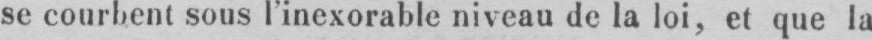
se courbent sous l’inexorable niveau de la loi, et que la